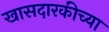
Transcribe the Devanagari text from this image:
खासदारकीच्या